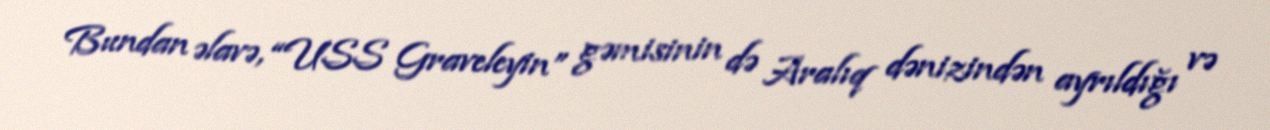
Bundan əlavə, “USS Graveleyin” gəmisinin də Aralıq dənizindən ayrıldığı və